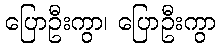
ပြောဦးကွာ၊ ပြောဦးကွာ